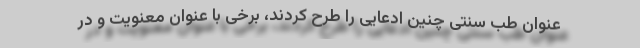
عنوان طب سنتی چنین ادعایی را طرح کردند، برخی با عنوان معنویت و در